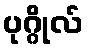
ပုဂ္ဂိုလ်